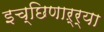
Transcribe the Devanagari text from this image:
इच्छिणाऱ्र्‍या